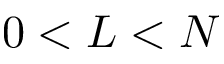
0 < L < N